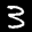
Label: 3